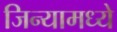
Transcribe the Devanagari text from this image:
जिन्यामध्ये